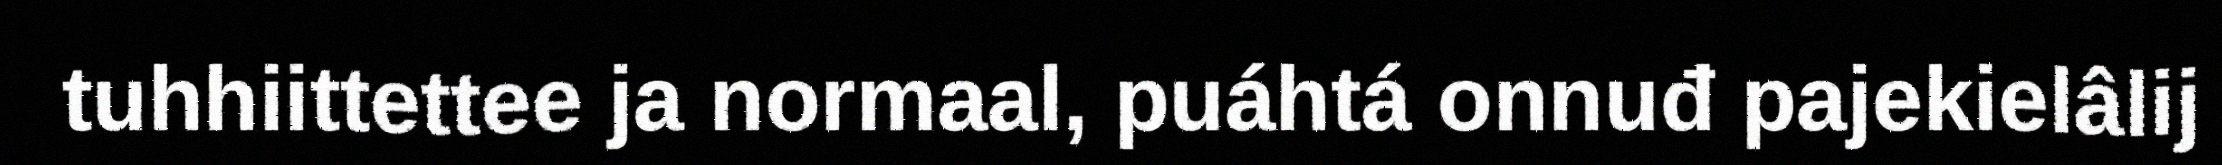
tuhhiittettee ja normaal, puáhtá onnuđ pajekielâlij